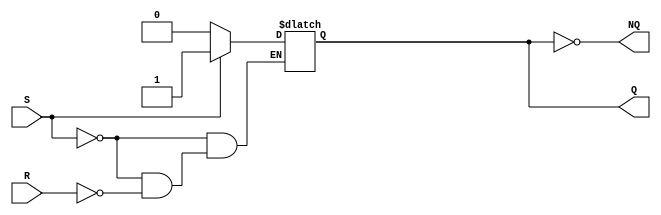
module sr_latch(NQ, Q, S, R);

output Q, NQ;
input S, R;

// nor #5 nor1(Q, R, NQ);
// nor #5 nor2(NQ, S, Q);

reg state;

initial
   begin
     state = 1;
   end
 
always @(S or R)
   begin
     if (S == 1)
         state = 1;
     else if (R == 1)
         state = 0;
   end
    
assign #5 Q = state;
assign #5 NQ = ~state;

endmodule